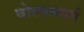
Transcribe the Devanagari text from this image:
वोल्फ़्सबर्ग